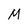
Character: M